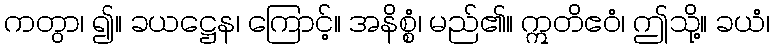
ကတွာ၊ ၍။ ခယဋ္ဌေန၊ ကြောင့်။ အနိစ္စံ၊ မည်၏။ ဣတိဧဝံ၊ ဤသို့။ ခယံ၊